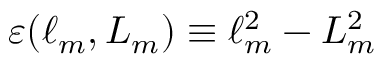
\varepsilon ( \ell _ { m } , L _ { m } ) \equiv \ell _ { m } ^ { 2 } - L _ { m } ^ { 2 }